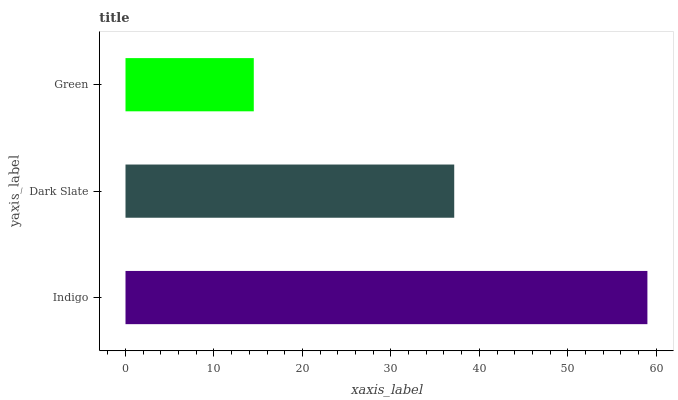
| yaxis_label | bars |
 | --- | --- |
 | Indigo | 59 |
 | Dark Slate | 37.2 |
 | Green | 14.5 |